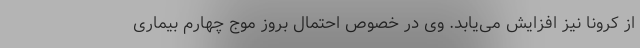
از کرونا نیز افزایش می‌یابد. وی در خصوص احتمال بروز موج چهارم بیماری